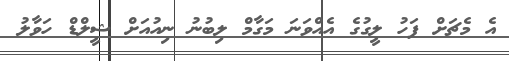
އެ މެޗަށް ފަހު ލީގުގެ އެއްވަނަ މަގާމް ލިބުނު ނިއުއަށް ޝީލްޑް ހަވާލު